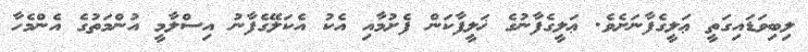
ލިބިވަޑައިގަތީ ޢަލީގެފާނަށެވެ. ޢަލީގެފާނުގެ ޚަލީފާކަން ފެށުމާއި އެކު އެކަލޭގެފާނު އިސްލާމީ އުންމަތުގެ އެންމެހާ